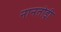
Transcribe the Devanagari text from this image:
नानतोड़ी